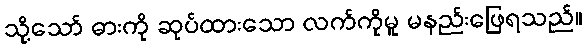
သို့သော် ဓားကို ဆုပ်ထားသော လက်ကိုမူ မနည်းဖြေရသည်။